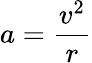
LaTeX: a={\frac{v^{2}}{r}}